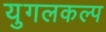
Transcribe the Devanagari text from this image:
युगलकल्प